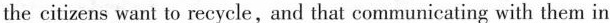
the citizens want to recycle,and that communicating with themi n